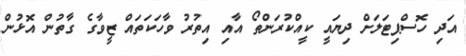
އަދި ހޮސްޕިޓަލަށް ދިޔައީ ކީއްކުރަންތޯ އާއި އިތުރު ވާހަކަތައް ޒީވާގެ ގާތުން އޮޅުން